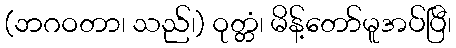
(ဘဂဝတာ၊ သည်၊) ဝုတ္တံ၊ မိန့်တော်မူအပ်ပြီ၊